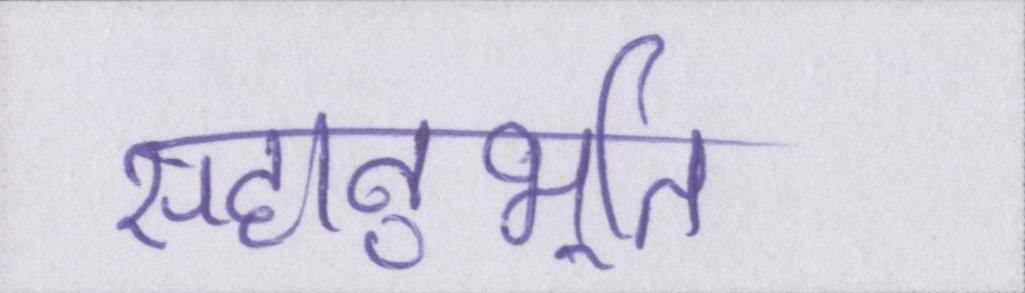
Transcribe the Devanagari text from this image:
सहानुभूति